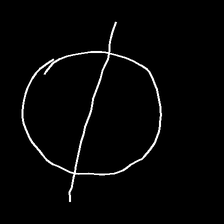
Glyph: orb